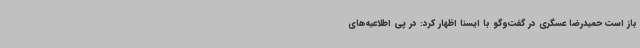
باز است حمیدرضا عسگری در گفت‌وگو با ایسنا اظهار کرد: در پی اطلاعیه‌های